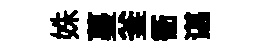
姝蔓釜衢谌